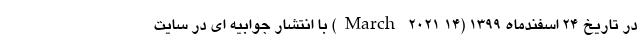
در تاریخ 24 اسفندماه 1399 (14 March 2021) با انتشار جوابیه ای در سایت